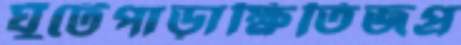
ঘুঁটেপাড়াক্ষিতিজপ্র